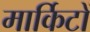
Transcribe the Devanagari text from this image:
मार्किटों